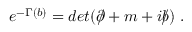
e ^ { - \Gamma ( b ) } = d e t ( \partial \! \! \! / + m + i b \! \! \! / ) \; .